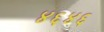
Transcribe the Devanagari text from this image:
४६४६